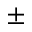
\pm